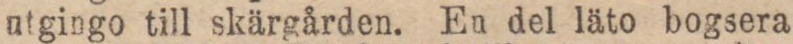
utgingo till skärgården. En del läto bogsera